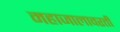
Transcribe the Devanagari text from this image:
महाजालावरती